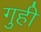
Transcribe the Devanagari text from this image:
गुही